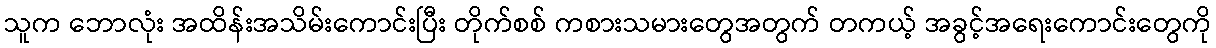
သူက ဘောလုံး အထိန်းအသိမ်းကောင်းပြီး တိုက်စစ် ကစားသမားတွေအတွက် တကယ့် အခွင့်အရေးကောင်းတွေကို